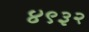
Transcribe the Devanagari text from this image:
४९३२